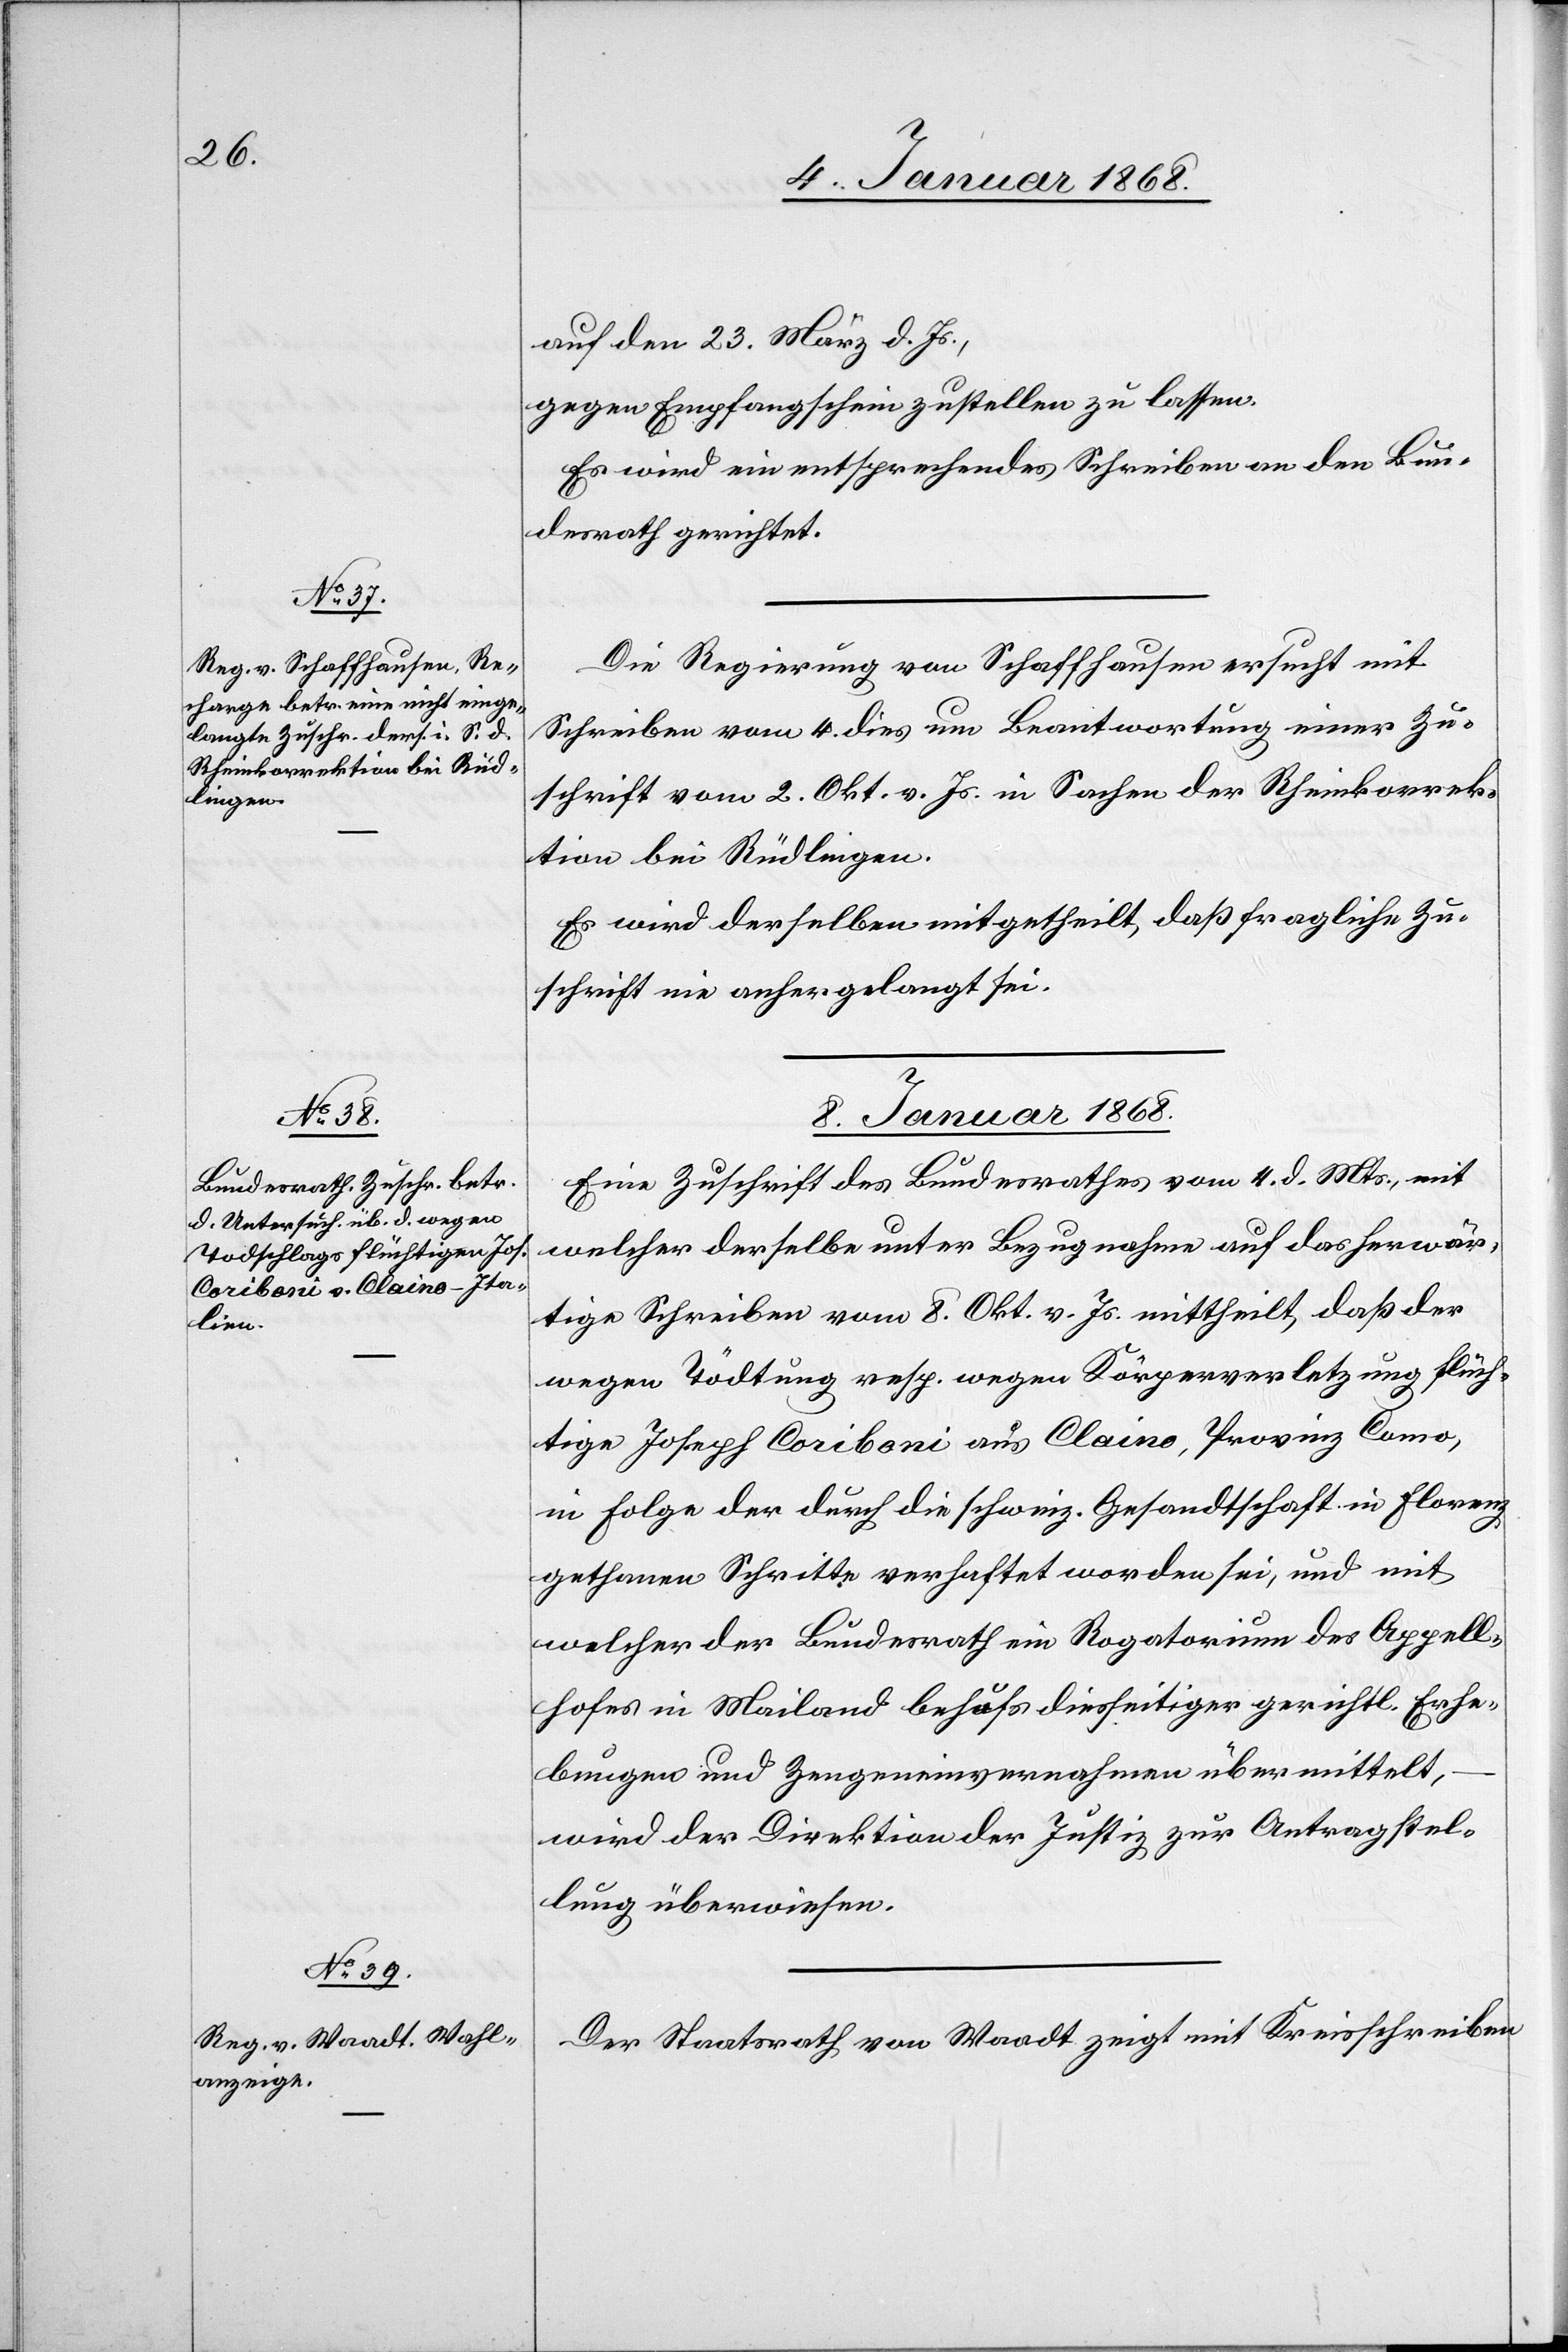
auf den 23. März d. Js.,
gegen Empfangschein zustellen zu lassen.
Es wird ein entsprechendes Schreiben an den Bun¬
desrath gerichtet.
Die Regierung von Schaffhausen ersucht mit
Schreiben vom 4. dies um Beantwortung einer Zu¬
schrift vom 2. Okt. v. Js. in Sachen der Rheinkorrek¬
tion bei Rüdlingen.
Es wird derselben mitgetheilt, daß fragliche Zu¬
schrift nie anhergelangt sei.
8. Januar 1868.]
Eine Zuschrift des Bundesrathes vom 4. d. Mts., mit
welcher derselbe unter Bezugnahme auf das herwär¬
tige Schreiben vom 8. Okt. v. Js. mittheilt, daß der
wegen Tödtung resp. wegen Körperverletzung flüch¬
tige Joseph Coriboni aus Claino, Provinz Como,
in Folge der durch die schweiz. Gesandtschaft in Florenz
gethanen Schritte verhaftet worden sei, und mit
welcher der Bundesrath ein Rogatorium des Appell¬
hofes in Mailand behufs diesseitiger gerichtl. Erhe¬
bungen und Zeugeneinvernahmen übermittelt,
wird der Direktion der Justiz zur Antragstel¬
lung überwiesen.
Der Staatsrath von Waadt zeigt mit Kreisschreiben